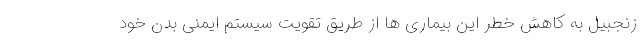
زنجبیل به کاهش خطر این بیماری ها از طریق تقویت سیستم ایمنی بدن خود